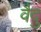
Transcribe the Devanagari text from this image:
वैदु